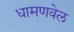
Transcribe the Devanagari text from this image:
धामणवेल